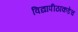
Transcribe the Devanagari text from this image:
विद्यापीठाकडेच